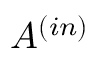
A ^ { ( i n ) }